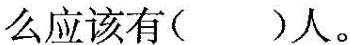
么应该有( )人。